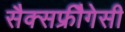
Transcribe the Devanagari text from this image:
सैक्सफ्रीैगेसी